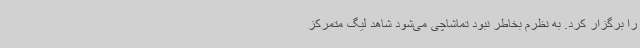
را برگزار کرد. به نظرم بخاطر نبود تماشاچی می‌شود شاهد لیگ متمرکز